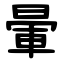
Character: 暈